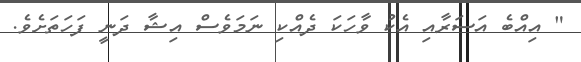
" އިއްބެ އަސަރާއި އެކު ވާހަކަ ދެއްކި ނަމަވެސް އިޝާ ދަނީ ފަހަތަށެވެ.